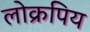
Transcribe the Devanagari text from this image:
लोक्रपिय